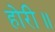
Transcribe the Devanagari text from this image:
होरी॥